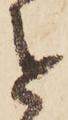
を